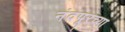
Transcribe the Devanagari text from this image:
नंदपूरच्या